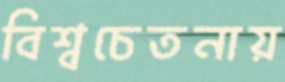
বিশ্বচেতনায়